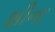
શીના